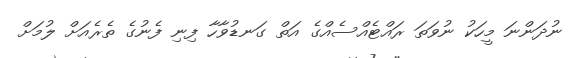
ނުދަންނަ މީހަކު ނުވަތަ ރައްޓެއްސެއްގެ އަތް ގަނޑުވާހާ ފިނި ފެނުގެ ތެރެއަށް ލުމަށް